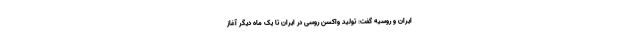
ایران و روسیه گفت: تولید واکسن روسی در ایران تا یک ماه دیگر آغاز